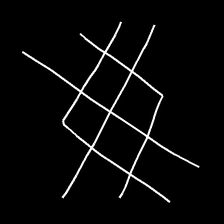
Glyph: crystal